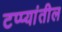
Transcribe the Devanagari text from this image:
टप्प्यांतील